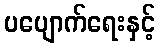
ပပျောက်ရေးနှင့်